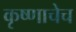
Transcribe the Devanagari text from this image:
कृष्णाचेच